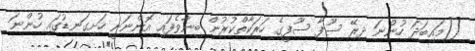
[[މައިބަދަ ހުންނަ ދިރޭ ސޫފާ ސޫފީގެ ހަރަކާތްކުރުން ބިނާވެފައި އޮންނަނީ ހަށިގަނޑުގައި ހުންނަ